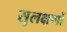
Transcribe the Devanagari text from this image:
सुलक्षणों